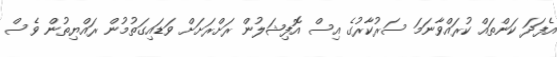
އެފަދަ ކަންތައް ކުރައްވާނަމަ ސަރުކާރުގެ އިސް އޮފިޝަލުން ރަށްރަށަށް ވަޑައިގަތުމުން ރައްޔިތުން ވެސް